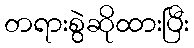
တရားစွဲဆိုထားပြီး